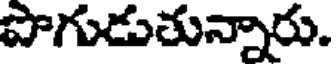
పొగుడుతున్నారు.